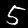
Digit: 5